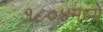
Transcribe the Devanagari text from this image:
१८०४मध्ये